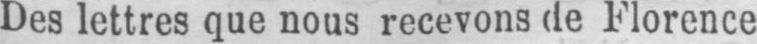
Des lettres que nous recevons de Florence